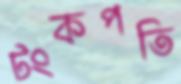
টংকপতি